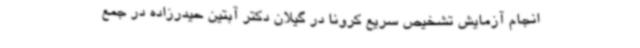
انجام آزمایش تشخیص سریع کرونا در گیلان دکتر آبتین حیدرزاده در جمع